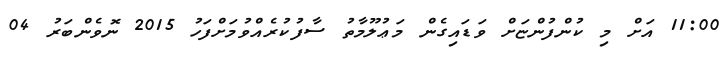
11:00 އަށް މި ކުންފުންޏަށް ވަޑައިގެން މަޢުލޫމާތު ސާފުކުރެއްވުމަށްފަހު 2015 ނޮވެންބަރު 04